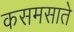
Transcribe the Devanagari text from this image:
कसमसाते